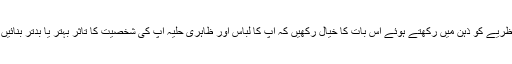
اس نظریے کو ذہن میں رکھتے ہوئے اس بات کا خیال رکھیں کہ آپ کا لباس اور ظاہری حلیہ آپ کی شخصیت کا تاثر بہتر یا بدتر بنائیں گے۔